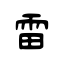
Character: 雷